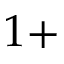
1 +